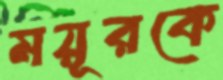
ময়ূরকে